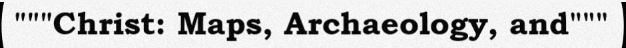
"""Christ: Maps, Archaeology, and"""